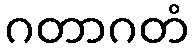
ဂတာဂတံ